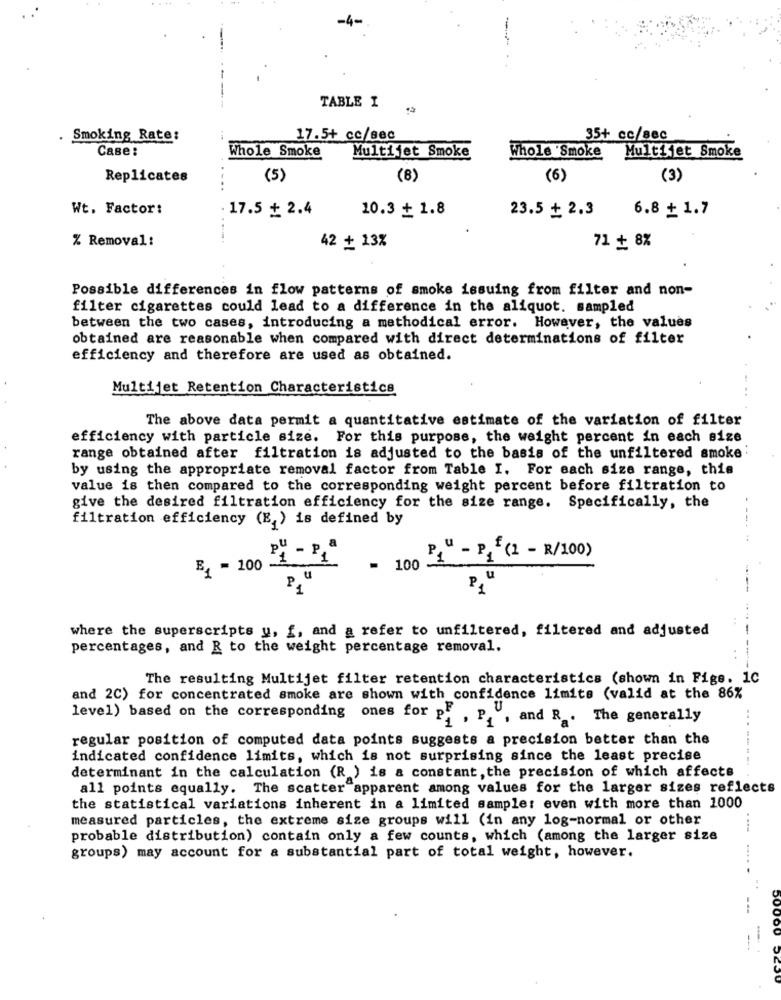
TABLE I
Smoking Rate:
17.5+ cc/sec
35+ cc/sec
Case:
Multijet Smoke
Whole Smoke
Multijet Smoke
Whole Smoke
Replicates
(5)
(8)
(6)
(3)
Wt. Factor:
17.5 + 2.4
10.3 + 1.8
23.5 + 2.3
6.8 + 1.7
% Removal:
71 + 8%
42 + 13%
Possible differences in flow patterns of smoke issuing from filter and non-
filter cigarettes could lead to a difference in the aliquot. sampled
between the two cases, introducing a methodical error. However, the values
obtained are reasonable when compared with direct determinations of filter
efficiency and therefore are used as obtained.
Multijet Retention Characteristics
..
The above data permit a quantitative estimate of the variation of filter
efficiency with particle size. For this purpose, the weight percent in each size
range obtained after filtration is adjusted to the basis of the unfiltered smoke
by using the appropriate removal factor from Table I. For each size range, this
value is then compared to the corresponding weight percent before filtration to
give the desired filtration efficiency for the size range. Specifically, the
filtration efficiency (E) is defined by
-----
P1" - P25 (1 - R/100)
B = 100
- 100
P1
where the superscripts u, f, and a refer to unfiltered, filtered and adjusted
-
percentages, and R to the weight percentage removal.
The resulting Multijet filter retention characteristics (shown in Fige. 1C
and 2C) for concentrated smoke are shown with confidence limits (valid at the 86%
level) based on the corresponding ones for p. , P, ", and R . The generally
regular position of computed data points suggests a precision better than the
indicated confidence limits, which is not surprising since the least precise
determinant in the calculation (R ) is a constant, the precision of which affects
all points equally. The scatter apparent among values for the larger sizes reflects
the statistical variations inherent in a limited sample: even with more than 1000
measured particles, the extreme size groups will (in any log-normal or other
probable distribution) contain only a few counts, which (among the larger size
groups) may account for a substantial part of total weight, however.
50000